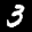
Label: 3